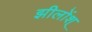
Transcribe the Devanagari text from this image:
झीलोंश्